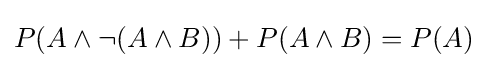
P(A\land \neg (A\land B))+P(A\land B)=P(A)